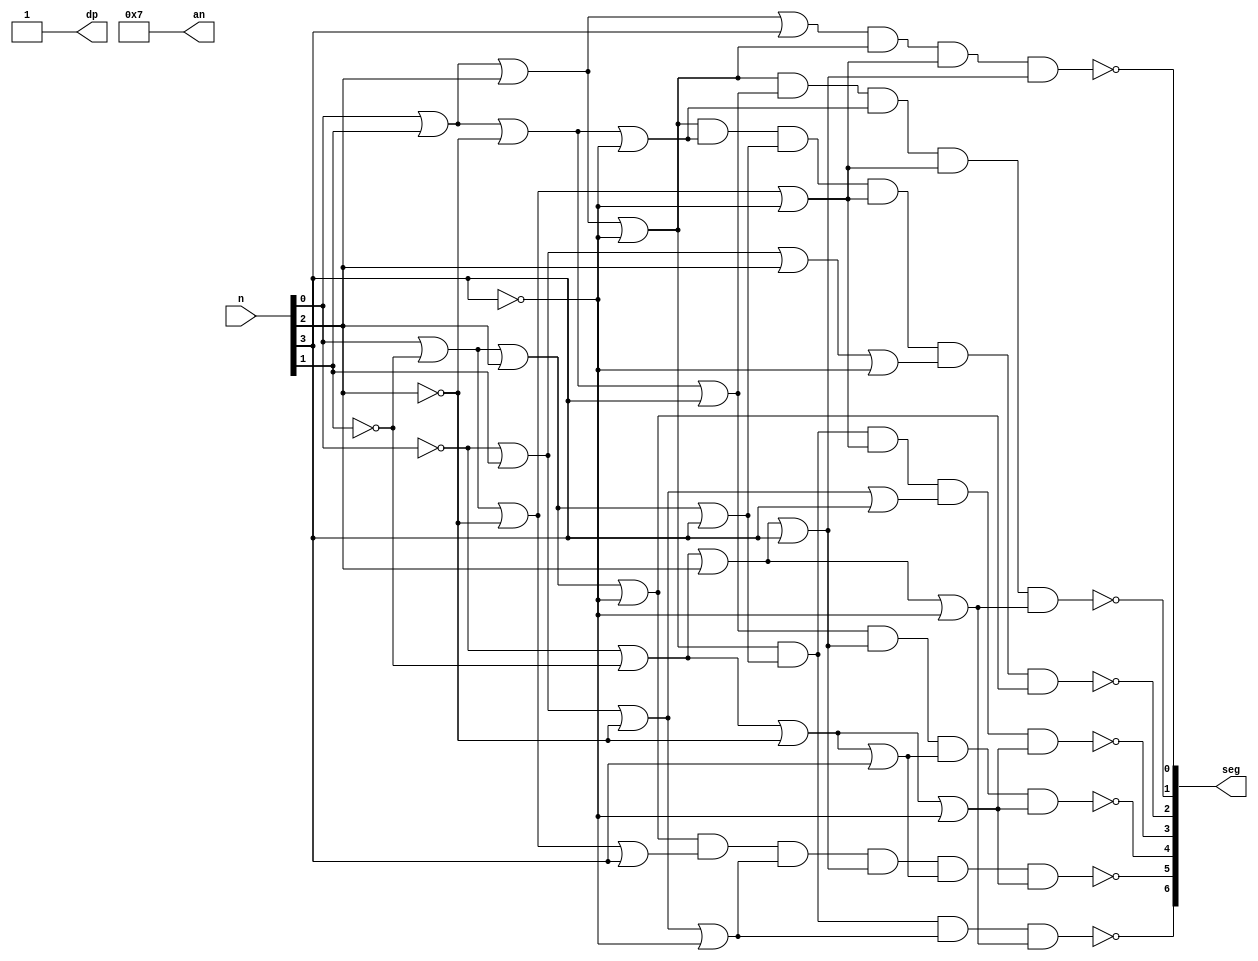
`timescale 1ns / 1ps
//////////////////////////////////////////////////////////////////////////////////
// Company: 
// Engineer: 
// 
// Design Name: 
// Module Name: SSDconverter
// Project Name: 
// Target Devices: 
// Tool Versions: 
// Description: 
// 
// Dependencies: 
// 
// Revision:
// Revision 0.01 - File Created
// Additional Comments:
// 
//////////////////////////////////////////////////////////////////////////////////


module SSDconverter(
    input [0:3] n,
    output [0:6] seg,
    output dp,
    output [0:3] an
    );
    
    assign dp = 1;
    assign an[0] = 0;
    assign an[1] = 1;
    assign an[2] = 1;
    assign an[3] = 1;
    
    wire [0:6] v;
    
    assign v[0] = (n[3]|n[2]|n[1]|~n[0])&(n[3]|~n[2]|n[1]|n[0])&(~n[3]|n[2]|~n[1]|~n[0])&(~n[3]|~n[2]|n[1]|~n[0]);
    assign v[1] = (n[3]|~n[2]|n[1]|~n[0])&(n[3]|~n[2]|~n[1]|n[0])&(~n[3]|n[2]|~n[1]|~n[0])&(~n[3]|~n[2]|n[1]|n[0])&(~n[3]|~n[2]|~n[1]|n[0])&(~n[3]|~n[2]|~n[1]|~n[0]);
    assign v[2] = (n[3]|n[2]|~n[1]|n[0])&(~n[3]|~n[2]|n[1]|n[0])&(~n[3]|~n[2]|~n[1]|n[0])&(~n[3]|~n[2]|~n[1]|~n[0]);
    assign v[3] = (n[3]|n[2]|n[1]|~n[0])&(n[3]|~n[2]|n[1]|n[0])&(n[3]|~n[2]|~n[1]|~n[0])&(~n[3]|n[2]|~n[1]|n[0])&(~n[3]|~n[2]|~n[1]|~n[0]);
    assign v[4] = (n[3]|n[2]|n[1]|~n[0])&(n[3]|n[2]|~n[1]|~n[0])&(n[3]|~n[2]|n[1]|n[0])&(n[3]|~n[2]|~n[1]|~n[0])&(~n[3]|n[2]|n[1]|~n[0])&(n[3]|~n[2]|n[1]|~n[0]);
    assign v[5] = (n[3]|n[2]|n[1]|~n[0])&(n[3]|n[2]|~n[1]|n[0])&(n[3]|n[2]|~n[1]|~n[0])&(n[3]|~n[2]|~n[1]|~n[0])&(~n[3]|~n[2]|n[1]|~n[0]);
    assign v[6] = (n[3]|n[2]|n[1]|n[0])&(n[3]|n[2]|n[1]|~n[0])&(n[3]|~n[2]|~n[1]|~n[0])&(~n[3]|~n[2]|n[1]|n[0]);
    
    assign seg[0] = ~v[0];
    assign seg[1] = ~v[1];
    assign seg[2] = ~v[2];
    assign seg[3] = ~v[3];
    assign seg[4] = ~v[4];
    assign seg[5] = ~v[5];
    assign seg[6] = ~v[6];
 
endmodule